Madras plague regulations and rules for district municipalities and other towns and villages
Disease focus: Plague
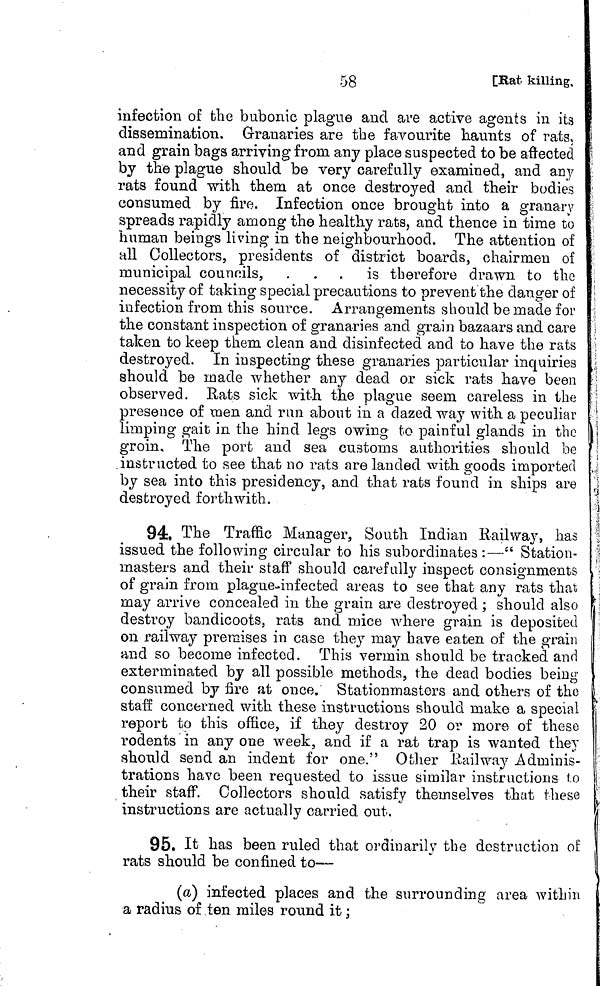
58
[Rat killing.
infection of the bubonic plague and are active agents in its
dissemination. Granaries are the favourite haunts of rats,
and grain bags arriving from any place suspected to be affected
by the plague should be very carefully examined, and any
rats found with them at once destroyed and their bodies
consumed by fire. Infection once brought into a granary
spreads rapidly among the healthy rats, and thence in time to
human beings living in the neighbourhood. The attention of
all Collectors, presidents of district boards, chairmen of
municipal councils, . . . is therefore drawn to the
necessity of taking special precautions to prevent the danger of
infection from this source. Arrangements should be made for
the constant inspection of granaries and grain bazaars and care
taken to keep them clean and disinfected and to have the rats
destroyed. In inspecting these granaries particular inquiries
should be made whether any dead or sick rats have been
observed. Rats sick with the plague seem careless in the
presence of men and run about in a dazed way with a peculiar
limping gait in the hind legs owing to painful glands in the
groin. The port and sea customs authorities should be
.instructed to see that no rats are lauded with goods imported
by sea into this presidency, and that rats found in ships are
destroyed forthwith.
94. The Traffic Manager, South Indian Railway, has
issued the following circular to his subordinates :—" Station-
masters and their staff should carefully inspect consignments
of grain from plague-infected areas to see that any rats that
may arrive concealed in the grain are destroyed ; should also
destroy bandicoots, rats and mice where grain is deposited
on railway premises in case they may have eaten of the grain
and so become infected. This vermin should be tracked and
exterminated by all possible methods, the dead bodies being
consumed by fire at once. Stationmasters and others of the
staff concerned with these instructions should make a special
report to this office, if they destroy 20 or more of these
rodents in any one week, and if a rat trap is wanted they
should send an indent for one." Other Railway Adminis-
trations have been requested to issue similar instructions to
their staff. Collectors should satisfy themselves that these
instructions are actually carried out,
95. It has been ruled that ordinarily the destruction of
rats should be confined to—
(a) infected places and the surrounding area within
a radius of ten miles round it ;